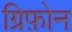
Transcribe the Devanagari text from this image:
ग्रिफ़ोन